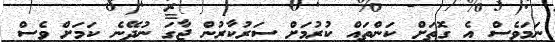
ނަމަވެސް އެ ގޮތަށް ކަންތައް ކުރުމަށް ސަރުކާރުން ޖާގަ ނުދޭނެ ކަމަށް ވެސް